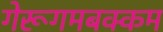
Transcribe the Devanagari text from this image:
गेरूगमबक्कम